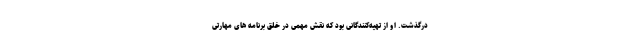
درگذشت. او از تهیه‌کنندگانی بود که نقش مهمی در خلق برنامه های مهارتی